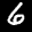
Label: 6